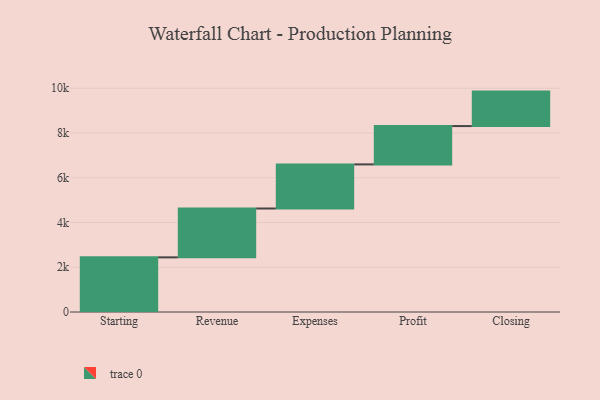
{"axis": {"x": "Step", "y": "Value"}, "legend": [""], "data": [{"x": "Starting", "y": 2442.0, "type": ""}, {"x": "Revenue", "y": 2184.0, "type": ""}, {"x": "Expenses", "y": 1971.0, "type": ""}, {"x": "Profit", "y": 1713.0, "type": ""}, {"x": "Closing", "y": 1541.0, "type": ""}]}